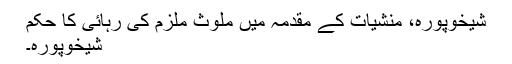
شیخوپورہ، منشیات کے مقدمہ میں ملوث ملزم کی رہائی کا حکم
شیخوپورہ۔